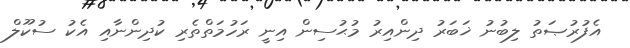
އެފުރުޞަތު ލިބުނު ޚަބަރު ދިންއިރު މުޙުސިން އިނީ ރަހުމަތްތެރި ކުދިންނާއި އެކު ސުކޫލް